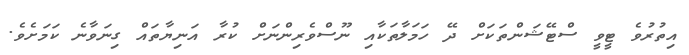
އިތުރުވެ ޓީވީ ސްޓޭޝަންތަކަށް ދޭ ހަމަލާތަކާއި ނޫސްވެރިންނަށް ކުރާ އަނިޔާތައް ގިނަވާނެ ކަމަށެވެ.